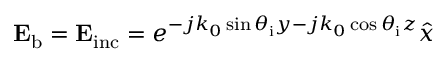
\mathbf { E _ { \mathrm { b } } } = \mathbf { E _ { \mathrm { i n c } } } = e ^ { - j k _ { 0 } \sin \theta _ { \mathrm { i } } y - j k _ { 0 } \cos \theta _ { \mathrm { i } } z } \hat { x }